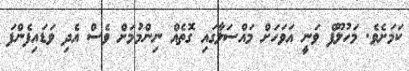
ކަމަށެވެ. މަހުލޫފް ވަނީ އަވަހަށް މައްސަލާގައި ގޮތެއް ނިންމުމަށް ވެސް އެދި ވަޑައިފެންފަ